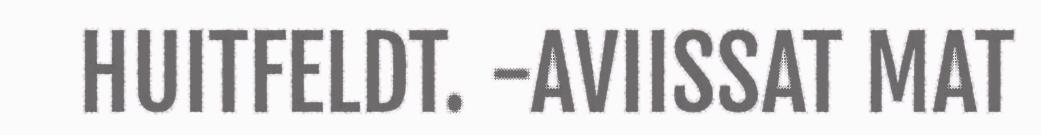
HUITFELDT. -AVIISSAT MAT